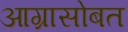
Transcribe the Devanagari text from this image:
आग्रासोबत